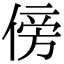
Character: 傍